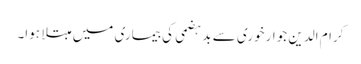
کرام الدین جوار خوری سے بد ہضمی کی بیماری میں مبتلا ہوا۔